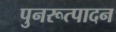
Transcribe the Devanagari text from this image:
पुनरूत्पादन